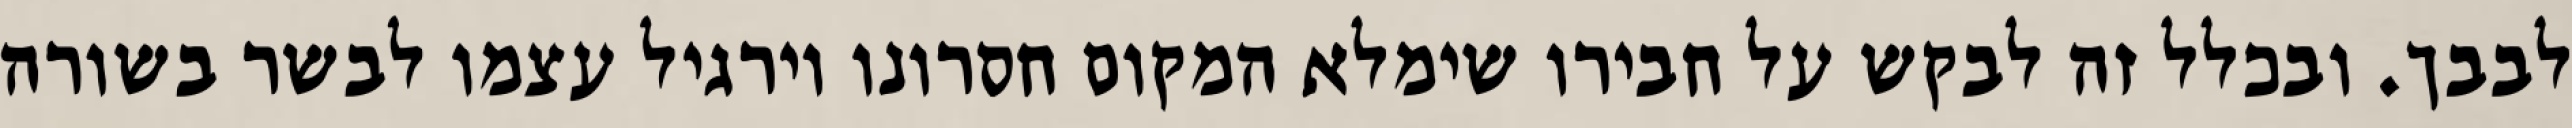
לבבך. ובכלל זה לבקש על חבירו שימלא המקום חסרונו וירגיל עצמו לבשר בשורה